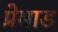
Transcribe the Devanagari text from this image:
प्रेमाड